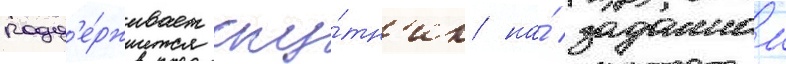
подд'е́рживает спу́тн'ик на́ заданнои